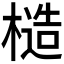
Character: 𪳤